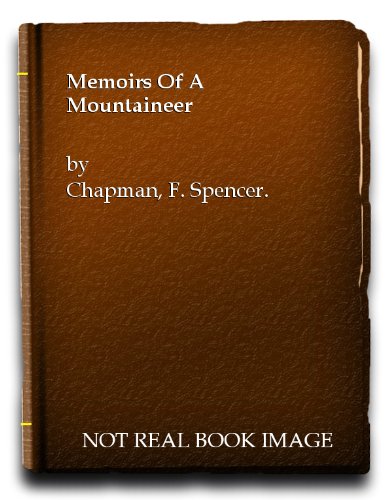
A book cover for Memoirs of a mountaineer: Helvellyn to Himalaya and Lhasa, the holy city; F. Spencer Chapman; Travel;